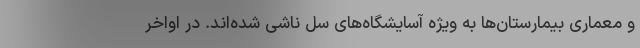
و معماری بیمارستان‌ها به ویژه آسایشگاه‌های سل ناشی شده‌اند. در اواخر